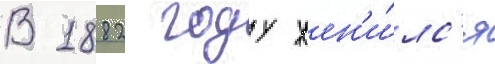
В 1882 году жен'и́лс'я